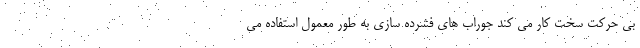
بی حرکت سخت کار می کند جوراب های فشرده سازی به طور معمول استفاده می